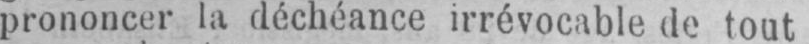
prononcer la déchéance irrévocable de tout